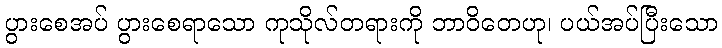
ပွားစေအပ် ပွားစေရာသော ကုသိုလ်တရားကို ဘာဝိတေဟု၊ ပယ်အပ်ပြီးသော